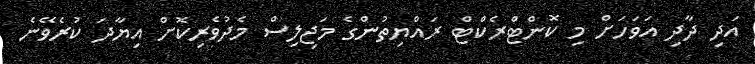
އަދި ދާދި އަވަހަށް މި ކޮންޓްރެކްޓް ރައްޔިތުންގެ މަޖިލިސް މެދުވެރިކޮށް އިޔާދަ ކުރެވޭނެ